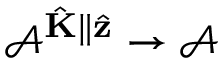
\mathcal { A } ^ { \hat { \mathbf { K } } \parallel \hat { \mathbf { z } } } \to \mathcal { A }